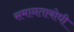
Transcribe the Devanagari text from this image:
समानताबोधी